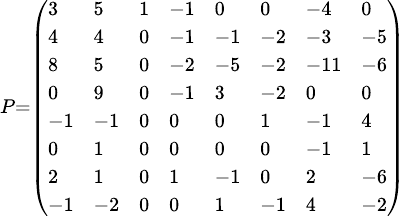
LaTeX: \scriptstyle P={\left(\begin{array}{llllllll}{3}&{5}&{1}&{-1}&{0}&{0}&{-4}&{0}\\ {4}&{4}&{0}&{-1}&{-1}&{-2}&{-3}&{-5}\\ {8}&{5}&{0}&{-2}&{-5}&{-2}&{-11}&{-6}\\ {0}&{9}&{0}&{-1}&{3}&{-2}&{0}&{0}\\ {-1}&{-1}&{0}&{0}&{0}&{1}&{-1}&{4}\\ {0}&{1}&{0}&{0}&{0}&{0}&{-1}&{1}\\ {2}&{1}&{0}&{1}&{-1}&{0}&{2}&{-6}\\ {-1}&{-2}&{0}&{0}&{1}&{-1}&{4}&{-2}\end{array}\right)}